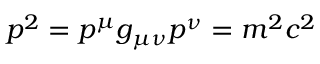
p ^ { 2 } = p ^ { \mu } g _ { \mu \nu } p ^ { \nu } = m ^ { 2 } c ^ { 2 }